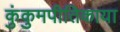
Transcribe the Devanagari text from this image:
कुंकुमपीतिकाया